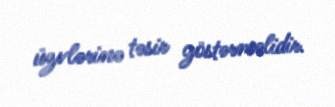
üzvlərinə təsir göstərməlidir.